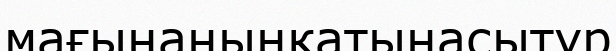
мағынаныңкатынасытүр